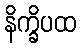
နိက္ခိပထ